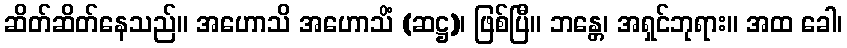
ဆိတ်ဆိတ်နေသည်။ အဟောသိ အဟောသိံ (ဆဋ္ဌ)၊ ဖြစ်ပြီ။ ဘန္တေ၊ အရှင်ဘုရား။ အထ ခေါ၊